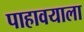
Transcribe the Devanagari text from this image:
पाहावयाला